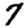
Digit: 7